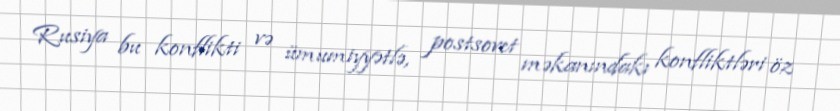
Rusiya bu konflikti və ümumiyyətlə, postsovet məkanındakı konfliktləri öz